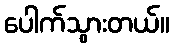
ပေါက်သွားတယ်။